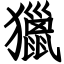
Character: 獵